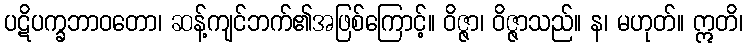
ပဋိပက္ခဘာဝတော၊ ဆန့်ကျင်ဘက်၏အဖြစ်ကြောင့်။ ဝိဇ္ဇာ၊ ဝိဇ္ဇာသည်။ န၊ မဟုတ်။ ဣတိ၊